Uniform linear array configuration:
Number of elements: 4
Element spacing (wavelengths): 0.25
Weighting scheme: exponential
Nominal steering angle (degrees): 0
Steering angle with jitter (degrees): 1.962
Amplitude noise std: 0.05
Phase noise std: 0.05

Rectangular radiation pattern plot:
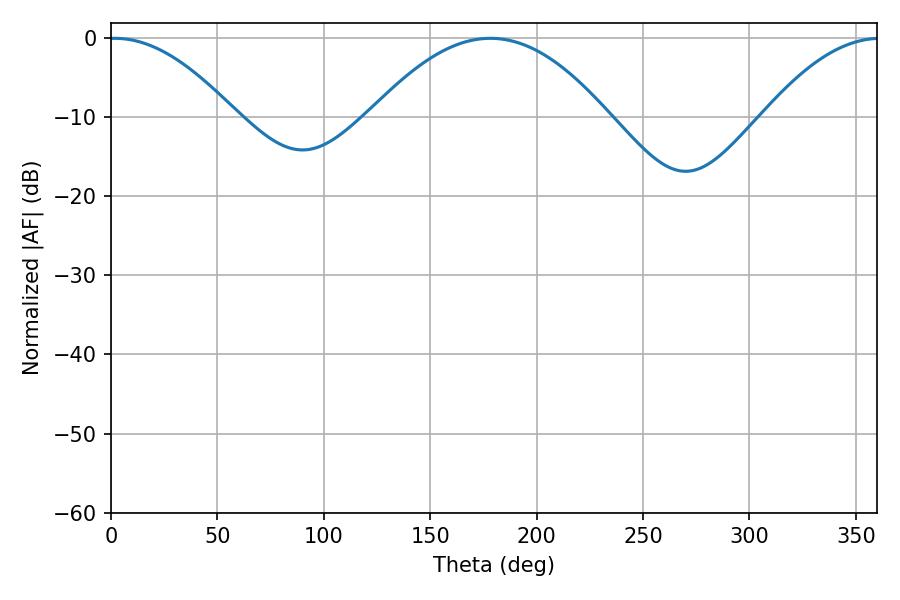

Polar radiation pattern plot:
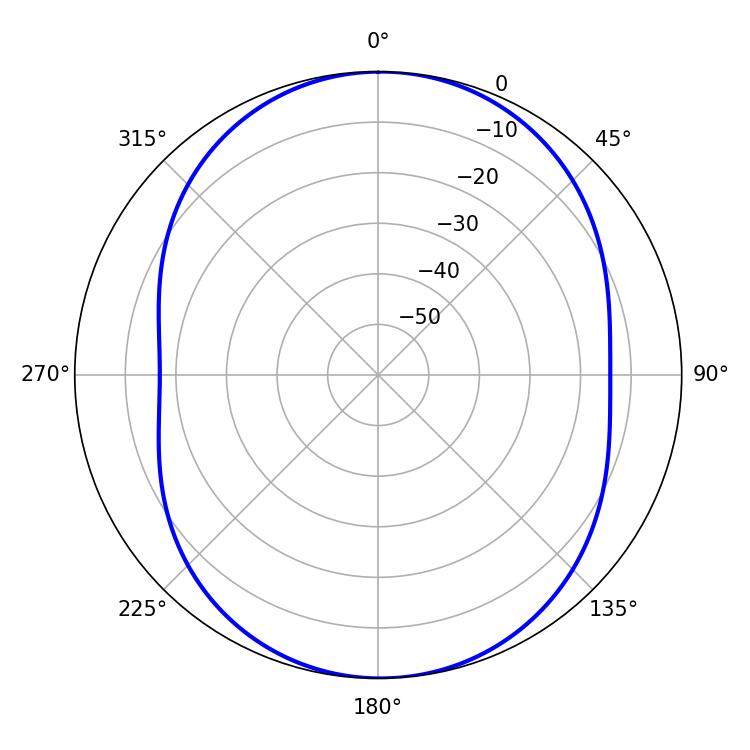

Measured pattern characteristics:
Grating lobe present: FALSE
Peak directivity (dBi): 13.486
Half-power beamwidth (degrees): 32.58
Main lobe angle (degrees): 1.8